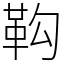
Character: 䩓